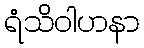
ရံသိဝါဟနာ